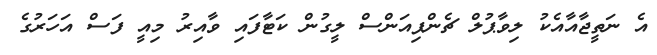
އެ ނަތީޖާއާއެކު ލިވާޕުލް ޗެންޕިއަންސް ލީގުން ކަޓާފައި ވާއިރު މިއީ ފަސް އަހަރުގެ